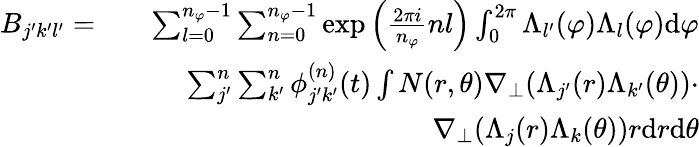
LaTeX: \begin{array}{rlr}{B_{j^{\prime}k^{\prime}l^{\prime}}=}&{}&{\sum_{l=0}^{n_{\varphi}-1}\sum_{n=0}^{n_{\varphi}-1}\exp{\left(\frac{2\pi i}{n_{\varphi}}nl\right)}\int_{0}^{2\pi}\Lambda_{l^{\prime}}(\varphi)\Lambda_{l}(\varphi)\mathrm{d}\varphi}\\ &{}&{\sum_{j^{\prime}}^{n}\sum_{k^{\prime}}^{n}\phi_{j^{\prime}k^{\prime}}^{(n)}(t)\int N(r,\theta)\nabla_{\perp}(\Lambda_{j^{\prime}}(r)\Lambda_{k^{\prime}}(\theta))\cdot}\\ &{}&{\nabla_{\perp}(\Lambda_{j}(r)\Lambda_{k}(\theta))r\mathrm{d}r\mathrm{d}\theta}\end{array}